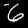
Label: 6